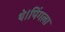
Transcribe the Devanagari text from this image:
थे।पिंगला